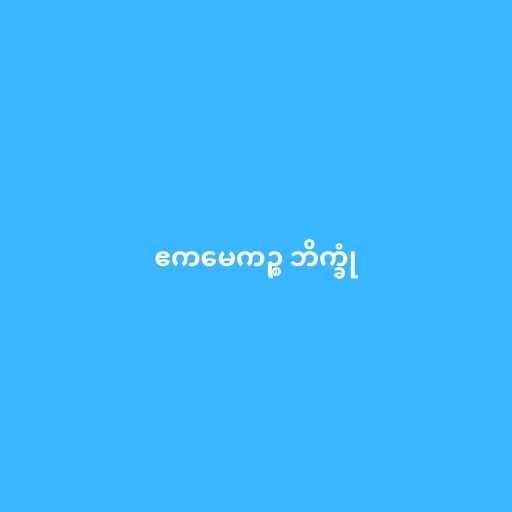
ဧကမေကဉ္စ ဘိက္ခုံ